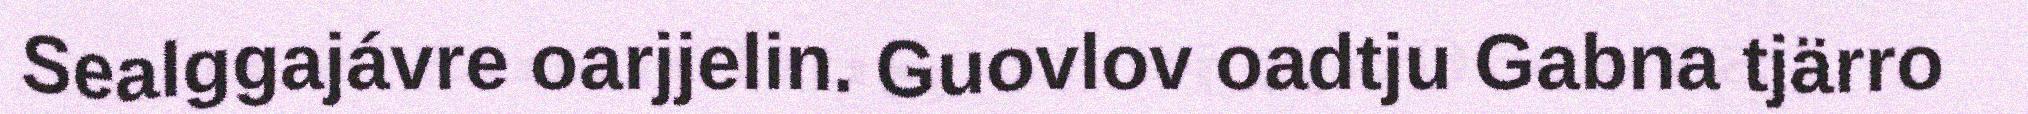
Sealggajávre oarjjelin. Guovlov oadtju Gabna tjärro